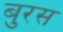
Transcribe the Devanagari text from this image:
बुरस